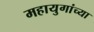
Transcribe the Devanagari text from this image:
महायुगांच्या